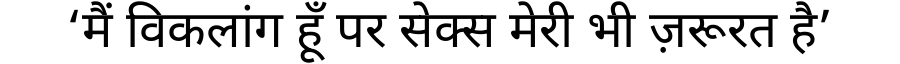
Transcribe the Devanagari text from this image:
‘मैं विकलांग हूँ पर सेक्स मेरी भी ज़रूरत है’